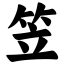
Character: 笠